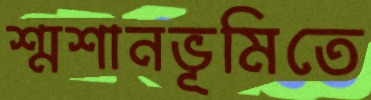
শ্মশানভূমিতে